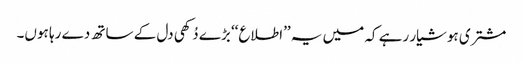
مشتری ہوشیار رہے کہ میں یہ ’’اطلاع‘‘ بڑے دُکھی دل کے ساتھ دے رہا ہوں۔